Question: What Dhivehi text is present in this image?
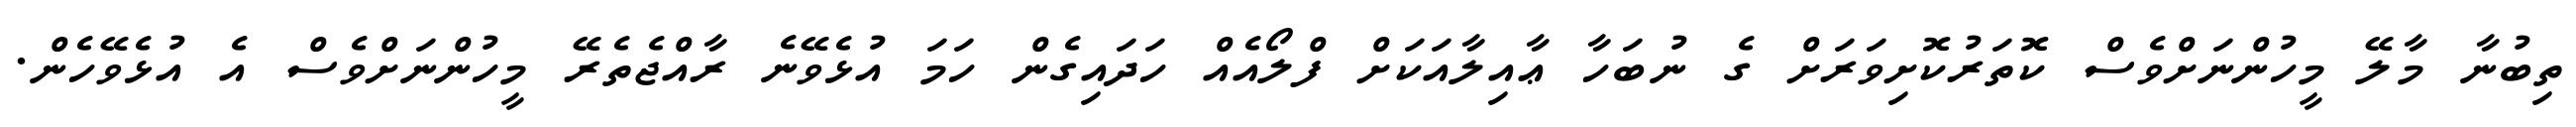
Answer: ތިބުނާ މާލޭ މީހުންނަށްވެސް ކޮތަރުކޮށިވަރަށް ގެ ނުބަހާ ޢާއިލާއަކަށް ފްލޯއެއް ހަދައިގެން ހަމަ އުޅެވޭނެ ރާއްޖެތެރޭ މީހުންނަށްވެސް އެ އުޅެވޭހެން.